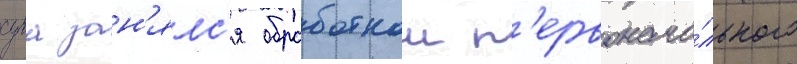
суга зан'ялс'я обработкои п'ервонача́льного